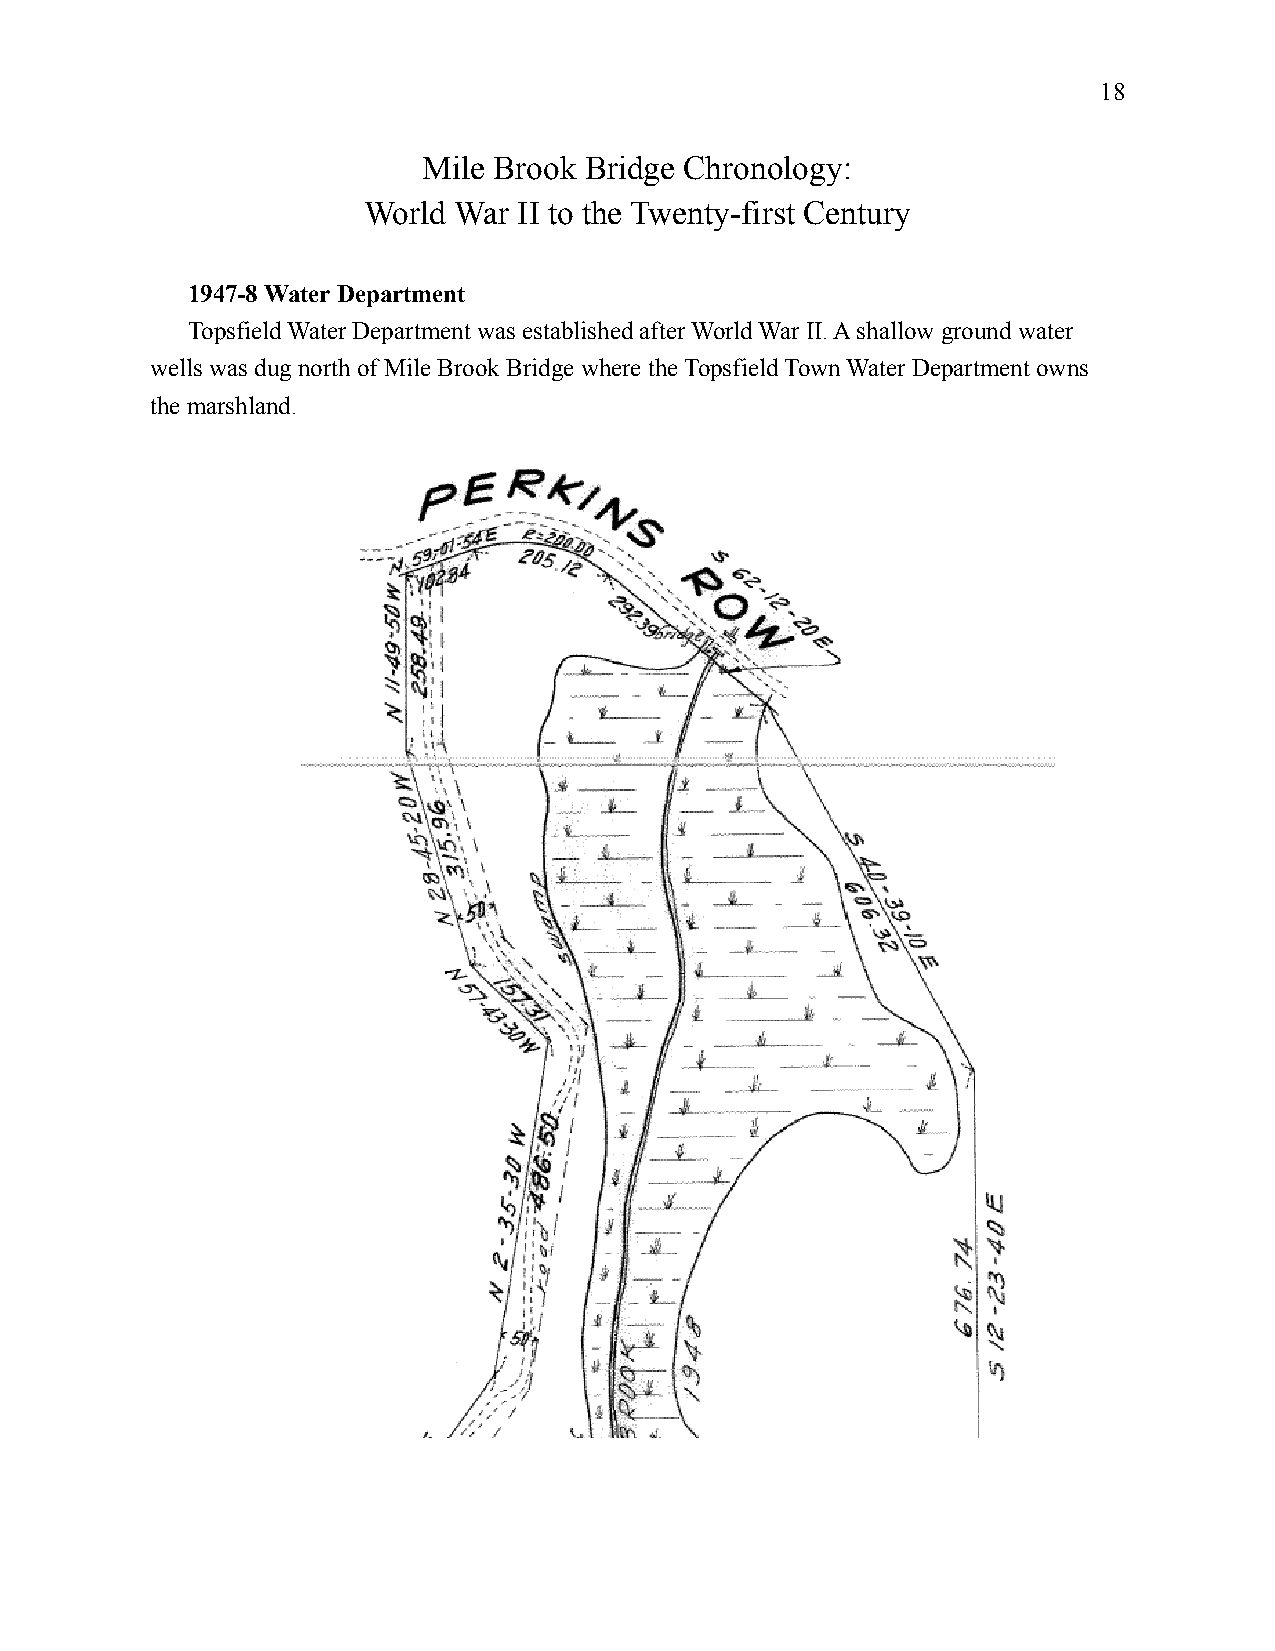
18
 Mile Brook Bridge Chronology:
 World War II to the Twenty-first Century
 1947-8 Water Department
 Topsfield Water Department was established after World War II. A shallow ground water
 wells was dug north of Mile Brook Bridge where the Topsfield Town Water Department owns
 the marshland.